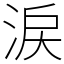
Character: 涙